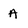
Character: A